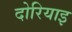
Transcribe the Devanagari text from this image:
दोरियाइ